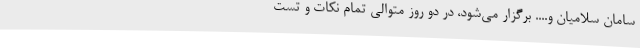
سامان سلامیان و.... برگزار می‌شود، در دو روز متوالی تمام نکات و تست